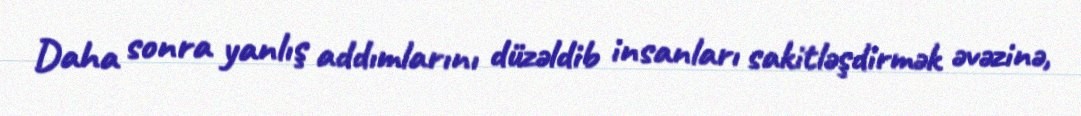
Daha sonra yanlış addımlarını düzəldib insanları sakitləşdirmək əvəzinə,